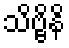
သိဗ္ဗိနိ